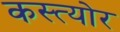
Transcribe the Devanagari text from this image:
कस्त्योर